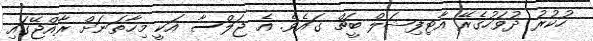
ހުކުރު ދުވަހުގެރޭ އާޓިފިޝަލް ބީޗް ގައެވެ. އެ ޖަލްސާ އަކީ މިހާތަނަށް ރާއްޖޭގައި